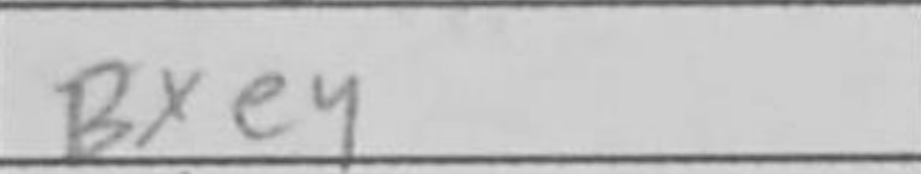
Transcription: Bxe4